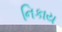
નિકાય